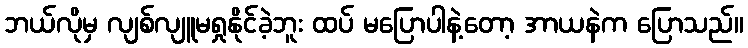
ဘယ်လိုမှ လျစ်လျူမရှုနိုင်ခဲ့ဘူး ထပ် မပြောပါနဲ့တော့ အာယနဲက ပြောသည်။